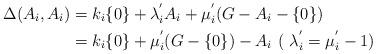
LaTeX: \begin{align*}\Delta (A_i,A_i)& = k_i\{0\}+\lambda^{'}_iA_i+\mu^{'}_i(G-A_{i}-\{0\})\\ &= k_i\{0\}+\mu^{'}_i(G-\{0\})-A_i\ ( \ \lambda^{'}_i=\mu^{'}_i-1)\end{align*}